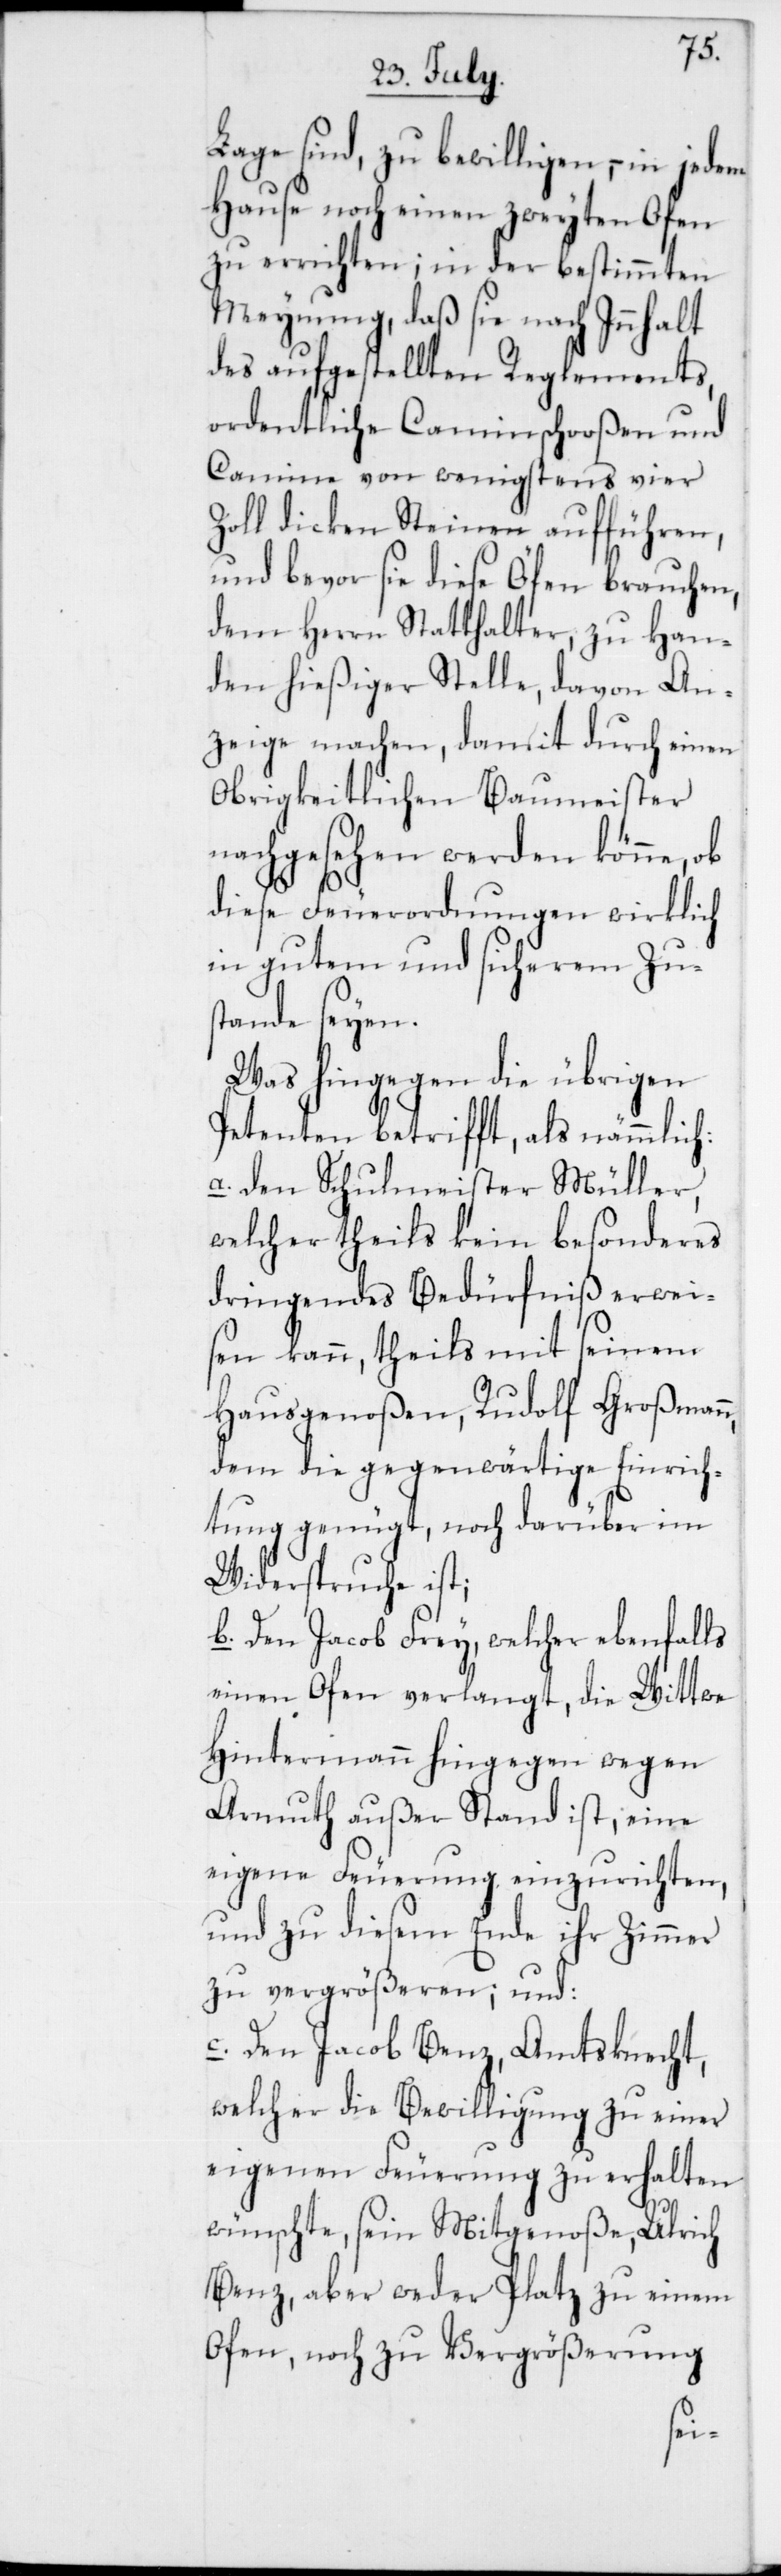
Lage sind, zu bewilligen, – in
Hause noch einen zweyten Ofen
zu errichten; in der bestimmten
Meynung, daß sie nach Inhalt
des aufgestellten Reglements,
ordentliche Caminschooßen und
Camine von wenigsten vier
Zoll dicken Steinen aufführen,
und bevor sie diese Öfen brauchen,
dem Herrn Statthalter zu Han¬
den hießiger Stelle, davon An¬
zeige machen, damit durch einen
Obrigkeitlichen Baumeister
nachgesehen werden könne, ob
diese Feuerordnungen wirklich
in gutem und sicherem Zus¬
tande seyen.
Was hingegen die übrigen
Petenten betrifft, als nämmlich:
a. Den Schulmeister Müller,
welcher theils kein besonderes
dringendes Bedürfniß erwei¬
sen kann, theils mit seinem
Hausgenoßen, Rudolf Großmann,
dem die gegenwärtige Einrich¬
tung genügt, noch darüber im
Widerspruch ist;
b. Den Jacob Frey, welcher ebenfalls
einen Ofen verlangt, die Wittwe
Hintermann hingegen wegen
Armuth außer Stand ist, eine
eigene Feuerung einzurichten,
und zu diesem Ende ihr Zimmer
zu vergrößeren; und:
c. Den Jacob Benz, Amtsknecht,
welcher die Bewilligung zu einer
eigenen Feuerung zu erhalten
wünschte; sein Mitgenoße, Ulrich
Benz, aber weder Platz zu einem
Ofen, noch zu Vergrößerung